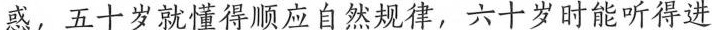
惑，五十岁就懂得顺应自然规律，六千岁时能听得进